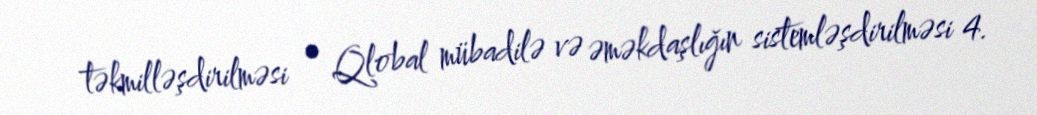
təkmilləşdirilməsi • Qlobal mübadilə və əməkdaşlığın sistemləşdirilməsi 4.